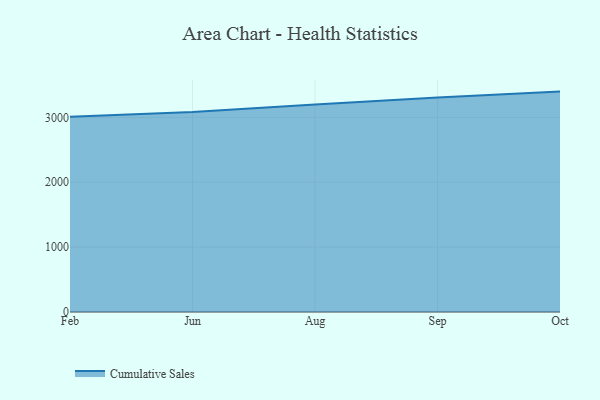
{"axis": {"x": "Month", "y": "Population (Million)"}, "legend": ["Cumulative Sales"], "data": [{"x": "Feb", "y": 3008.8, "type": "Cumulative Sales"}, {"x": "Jun", "y": 3080.7, "type": "Cumulative Sales"}, {"x": "Aug", "y": 3197.9, "type": "Cumulative Sales"}, {"x": "Sep", "y": 3303.9, "type": "Cumulative Sales"}, {"x": "Oct", "y": 3396.6, "type": "Cumulative Sales"}]}